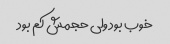
خوب بود ولی حجمش کم بود